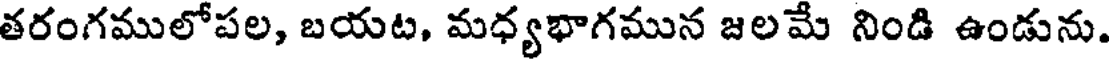
తరంగములోపల, బయట, మధ్యభాగమున జలమే నిండి ఉండును.